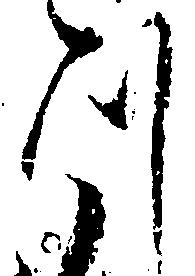
つ